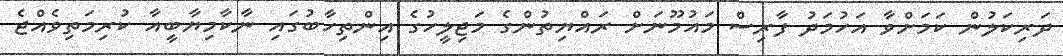
ދަރިކަލުން ކަމަށްވާ އަހުމަދު ފާރިސް މައުމޫނަށް ރައްޔިތުންގެ މަޖިލީހުގެ އިންތިހާބުގައި ނާކާމިޔާބީއާ ކުރިމަތިވެއްޖެ